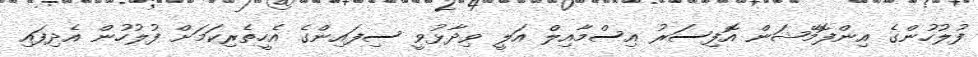
ފުލުހުންގެ އިންފޮމޭޝަން އޮފިސަރު އިސްމާއިލް އަލީ ވިދާޅުވީ ސިފައިންގެ އެހީތެރިކަމަށް ފުލުހުން އެދިފައި